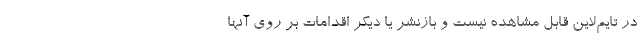
در تایم‌لاین قابل مشاهده نیست و بازنشر یا دیگر اقدامات بر روی آنها